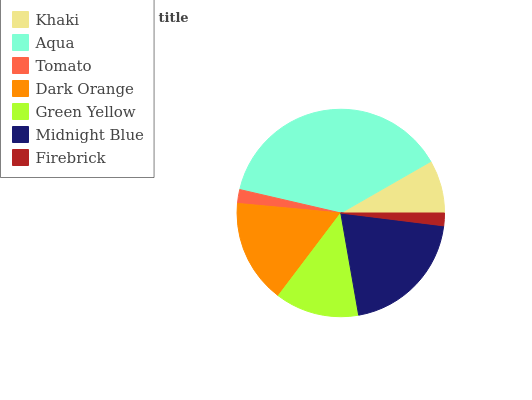
| Khaki | Aqua | Tomato | Dark Orange | Green Yellow | Midnight Blue | Firebrick |
 | --- | --- | --- | --- | --- | --- | --- |
 | 8.28% | 38.1% | 2.15% | 16.2% | 13.1% | 20.2% | 1.97% |